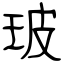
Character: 玻